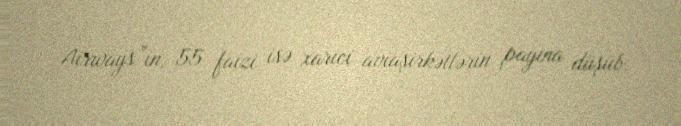
Airways”in, 55 faizi isə xarici aviaşirkətlərin payına düşüb.